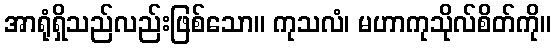
အာရုံရှိသည်လည်းဖြစ်သော။ ကုသလံ၊ မဟာကုသိုလ်စိတ်ကို။